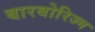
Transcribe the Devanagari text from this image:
बारबोरिज्म